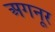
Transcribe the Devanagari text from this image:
अगनूर